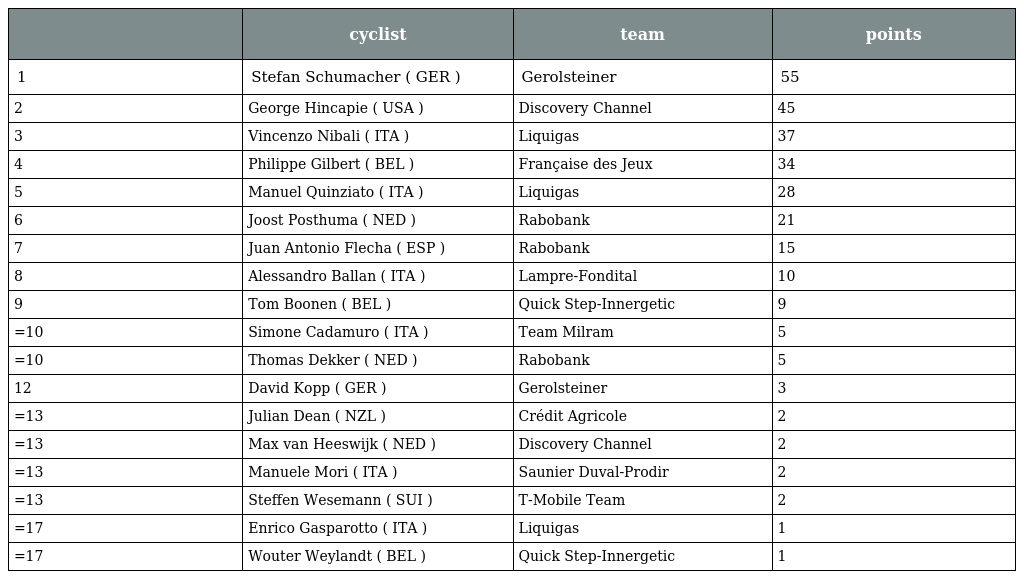
|  | cyclist | team | points |
 | --- | --- | --- | --- |
 | 1 | Stefan Schumacher ( GER ) | Gerolsteiner | 55 |
 | 2 | George Hincapie ( USA ) | Discovery Channel | 45 |
 | 3 | Vincenzo Nibali ( ITA ) | Liquigas | 37 |
 | 4 | Philippe Gilbert ( BEL ) | Française des Jeux | 34 |
 | 5 | Manuel Quinziato ( ITA ) | Liquigas | 28 |
 | 6 | Joost Posthuma ( NED ) | Rabobank | 21 |
 | 7 | Juan Antonio Flecha ( ESP ) | Rabobank | 15 |
 | 8 | Alessandro Ballan ( ITA ) | Lampre-Fondital | 10 |
 | 9 | Tom Boonen ( BEL ) | Quick Step-Innergetic | 9 |
 | =10 | Simone Cadamuro ( ITA ) | Team Milram | 5 |
 | =10 | Thomas Dekker ( NED ) | Rabobank | 5 |
 | 12 | David Kopp ( GER ) | Gerolsteiner | 3 |
 | =13 | Julian Dean ( NZL ) | Crédit Agricole | 2 |
 | =13 | Max van Heeswijk ( NED ) | Discovery Channel | 2 |
 | =13 | Manuele Mori ( ITA ) | Saunier Duval-Prodir | 2 |
 | =13 | Steffen Wesemann ( SUI ) | T-Mobile Team | 2 |
 | =17 | Enrico Gasparotto ( ITA ) | Liquigas | 1 |
 | =17 | Wouter Weylandt ( BEL ) | Quick Step-Innergetic | 1 |